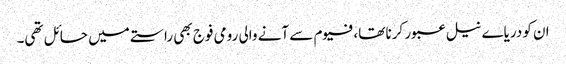
ان کو دریاے نیل عبور کرنا تھا،فیوم سے آنے والی رومی فوج بھی راستے میں حائل تھی۔